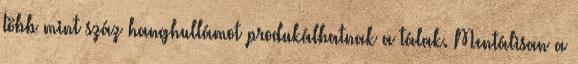
több mint száz hanghullámot produkálhatnak a tálak. Mentálisan a